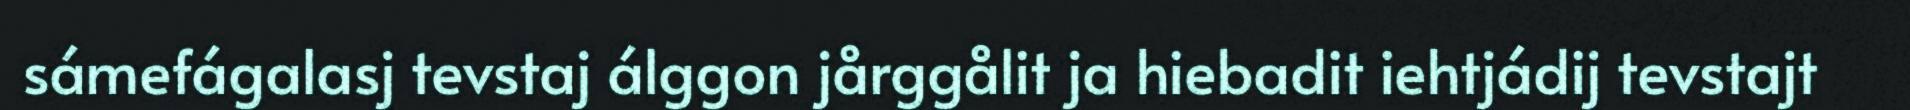
sámefágalasj tevstaj álggon jårggålit ja hiebadit iehtjádij tevstajt